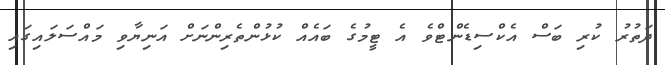
ދަތުރު ކުރި ބަސް އެކްސިޑެންޓްވެ އެ ޓީމުގެ ބައެއް ކުޅުންތެރިންނަށް އަނިޔާވި މައްސަލައިގައި